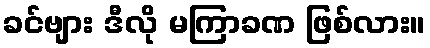
ခင်ဗျား ဒီလို မကြာခဏ ဖြစ်လား။